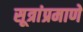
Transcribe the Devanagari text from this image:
सूत्रांप्रमाणे